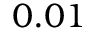
0 . 0 1